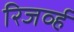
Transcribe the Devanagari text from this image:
रिजर्व्ह